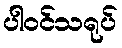
ပါဝင်သရုပ်